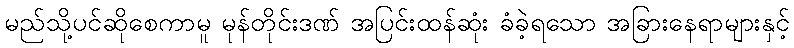
မည်သို့ပင်ဆိုစေကာမူ မုန်တိုင်းဒဏ် အပြင်းထန်ဆုံး ခံခဲ့ရသော အခြားနေရာများနှင့်